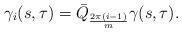
LaTeX: \begin{align*}\gamma_i(s,\tau) = \bar{Q}_{\frac{2\pi(i-1)}{m}}\gamma(s,\tau).\end{align*}